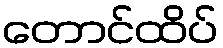
တောင်ထိပ်